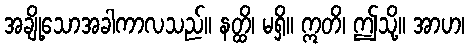
အချို့သောအခါကာလသည်။ နတ္ထိ၊ မရှိ။ ဣတိ၊ ဤသို့။ အာဟ၊